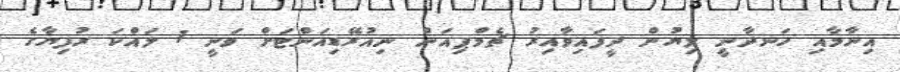
އިނާމާއި ހަނދާނީ ލިޔުން ދީފައިވާއިރު ޗެމްޕިއަން ނިއުރޭޑިއަންޓަށް ވަނީ 1 ލައްކަ ރުފިޔާގެ